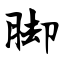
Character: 脚